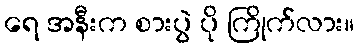
ရေ အနီးက စားပွဲ ပို ကြိုက်လား။